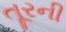
તૂરની